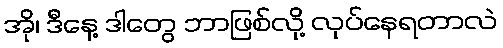
အို၊ ဒီနေ့ ဒါတွေ ဘာဖြစ်လို့ လုပ်နေရတာလဲ